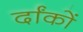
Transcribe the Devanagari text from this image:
र्दांकों